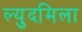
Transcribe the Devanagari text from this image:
ल्युदमिला